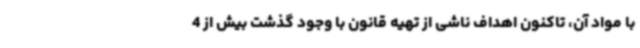
با مواد آن، تاکنون اهداف ناشی از تهیه قانون با وجود گذشت بیش از 4